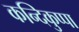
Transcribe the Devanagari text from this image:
कन्दिकुप्पा